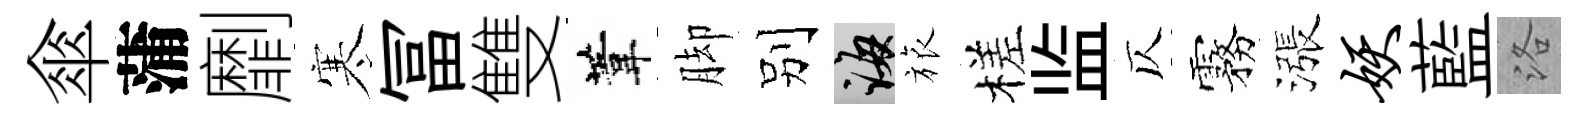
傘蒲劘寒冨雙葦脚别誨旅槎监仄霧漲妖藍洛